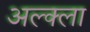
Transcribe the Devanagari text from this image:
अल्क्ला